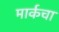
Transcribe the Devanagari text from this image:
मार्कचा